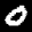
Label: 0